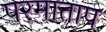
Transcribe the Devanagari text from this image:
परमाताप